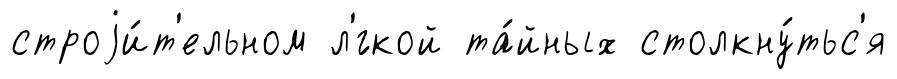
строjи́т'ельном л'́гкой та́йных столкну́тьс'я